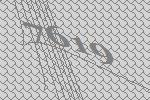
7619